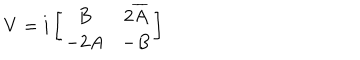
V = i \left[ \begin{array} { c c } { { B } } & { { 2 \overline { { { A } } } } } \\ { { - 2 A } } & { { - B } } \\ \end{array} \right]